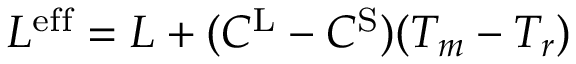
L ^ { \mathrm { e f f } } = L + ( C ^ { \mathrm { L } } - C ^ { \mathrm { S } } ) ( T _ { m } - T _ { r } )